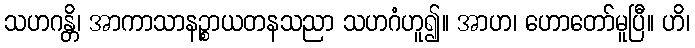
သဟဂန္တိ၊ အာကာသာနဉ္စာယတနသညာ သဟဂံဟူ၍။ အာဟ၊ ဟောတော်မူပြီ။ ဟိ၊